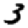
Digit: 3